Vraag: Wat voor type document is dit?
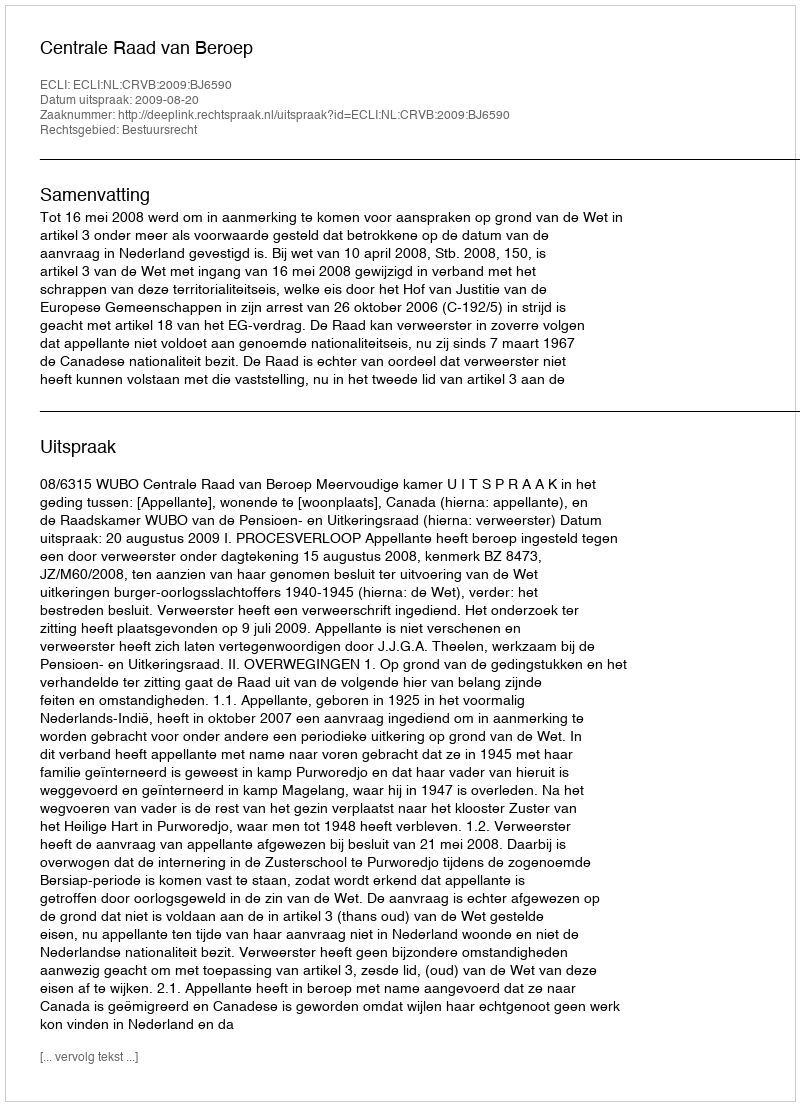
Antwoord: Uitspraak